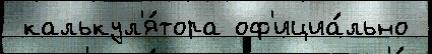
 калькул'я́тора оф'ициа́льно